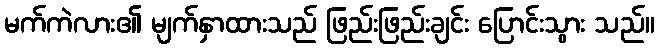
မက်ကဲလား၏ မျက်နှာထားသည် ဖြည်းဖြည်းချင်း ပြောင်းသွား သည်။